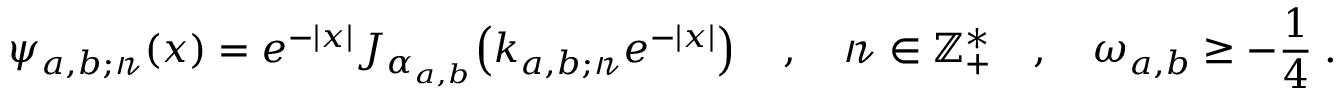
\psi _ { a , b ; \mathscr { n } } ( x ) = e ^ { - | x | } J _ { \alpha _ { a , b } } \! \left( k _ { a , b ; \mathscr { n } } e ^ { - | x | } \right) \quad , \quad \mathscr { n } \in \mathbb { Z } _ { + } ^ { * } \quad , \quad \omega _ { a , b } \geq - \frac { 1 } { 4 } \; .